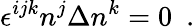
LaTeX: \epsilon^{ijk}n^{j}\Delta n^{k}=0\ \ .